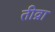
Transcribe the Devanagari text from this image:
तीव्रा